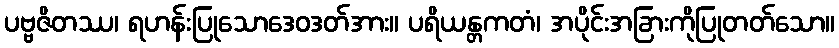
ပဗ္ဗဇိတဿ၊ ရဟန်းပြုသောဒေဝဒတ်အား။ ပရိယန္တကတံ၊ အပိုင်းအခြားကိုပြုတတ်သော။